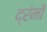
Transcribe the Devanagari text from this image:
द्रंमों